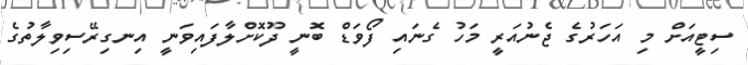
ސިޓީއަށް މި އަހަރުގެ ޖެނުއަރީ މަހު ގެނައި ފޯވަޑް ބޮނީ ދޫކޮށްލާފައިވަނީ އިނގިރޭސިވިލާތުގެ